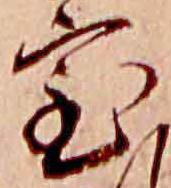
室